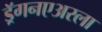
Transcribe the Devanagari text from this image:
ड्रॅगनएअरला